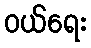
ဝယ်ရေး